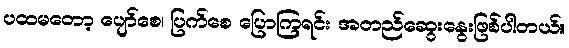
ပထမတော့ ပျော်စေ၊ ပြက်စေ ပြောကြရင်း အတည်ဆွေးနွေးဖြစ်ပါတယ်။